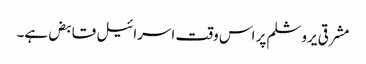
مشرقی یروشلم پر اس وقت اسرائیل قابض ہے۔